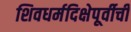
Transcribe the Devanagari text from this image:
शिवधर्मदिक्षेपूर्वीची